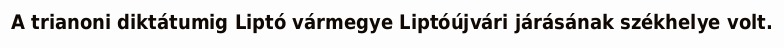
A trianoni diktátumig Liptó vármegye Liptóújvári járásának székhelye volt.